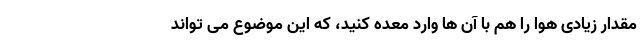
مقدار زیادی هوا را هم با آن ها وارد معده کنید، که این موضوع می تواند